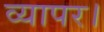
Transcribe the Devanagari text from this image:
व्यापर।